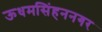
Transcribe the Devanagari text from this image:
ऊधमसिंहननगर